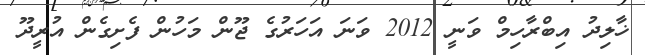
ޚާލިދު އިބްރާހިމް ވަނީ 2012 ވަނަ އަހަރުގެ ޖޫން މަހުން ފެށިގެން އުރީދޫ